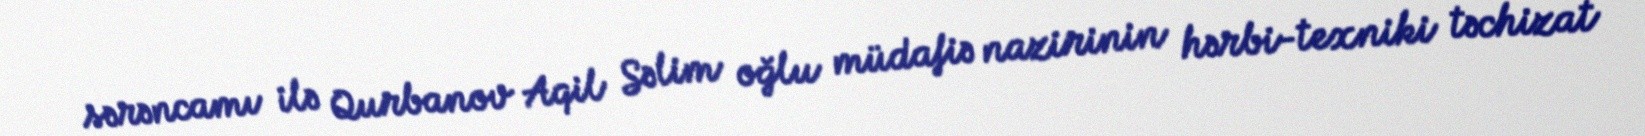
sərəncamı ilə Qurbanov Aqil Səlim oğlu müdafiə nazirinin hərbi-texniki təchizat